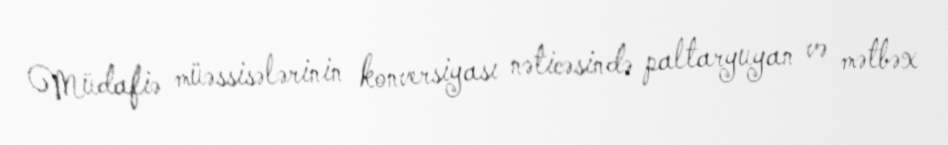
Müdafiə müəssisələrinin konversiyası nəticəsində paltaryuyan və mətbəx